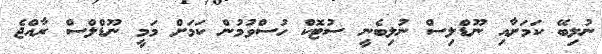
ނުލިބޭ ކަމަށާއި ނޫޑްލިސް ނުލިބެނީ ސުޓޮކް ހުސްވުމުން ކަމަށް މަމީ ނޫޑްލްސް ރާއްޖެ